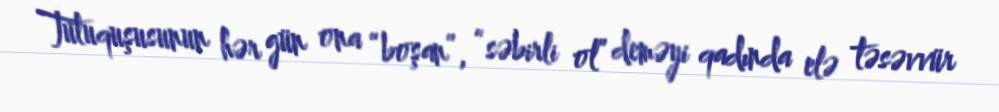
Tutuquşusunun hər gün ona “boşan”, “səbirli ol” deməyi qadında elə təsəvvür